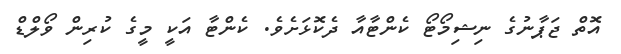
އޮތް ޖަޕާނުގެ ނިޝިމޯޓޯ ކެންޓާއާ ދެކޮޅަށެވެ. ކެންޓާ އަކީ މީގެ ކުރިން ވޯލްޑް